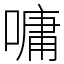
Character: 嘃